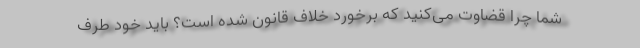
شما چرا قضاوت می‌کنید که برخورد خلاف قانون شده است؟ باید خود طرف